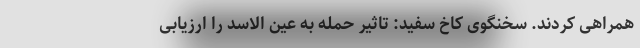
همراهی کردند. سخنگوی کاخ سفید: تاثیر حمله به عین الاسد را ارزیابی